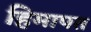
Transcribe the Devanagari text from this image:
हिमापत